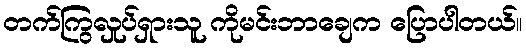
တက်ကြွလှုပ်ရှားသူ ကိုမင်းဘာချေက ပြောပါတယ်။